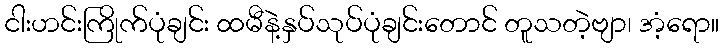
ငါးဟင်းကြိုက်ပုံချင်း ထမီနဲ့နှပ်သုပ်ပုံချင်းတောင် တူသတဲ့ဗျာ၊ အံ့ရော။